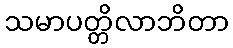
သမာပတ္တိလာဘိတာ